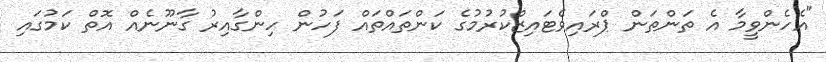
"އެހެންވީމާ އެ ތަންތަން ޕްރައިވެޓައިޒްކުރުމުގެ ކަންތައްތައް ފަހުން ހިންގާއިރު ގާނޫނެއް އޮތް ކަމުގައި